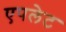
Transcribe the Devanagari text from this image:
एपलेट